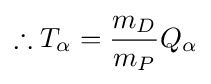
\therefore T_{\alpha }={\frac {m_{D}}{m_{P}}}Q_{\alpha }